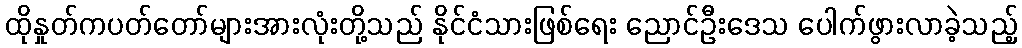
ထိုနှုတ်ကပတ်တော်များအားလုံးတို့သည် နိုင်ငံသားဖြစ်ရေး ညောင်ဦးဒေသ ပေါက်ဖွားလာခဲ့သည့်